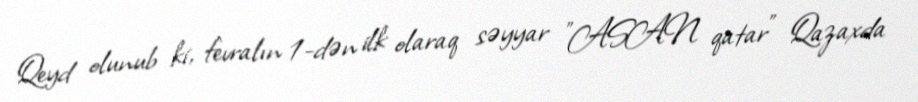
Qeyd olunub ki, fevralın 1-dən ilk olaraq səyyar "ASAN qatar" Qazaxda